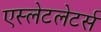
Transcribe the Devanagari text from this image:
एस्लेटलेटर्स